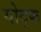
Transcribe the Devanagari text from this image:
योद्फ